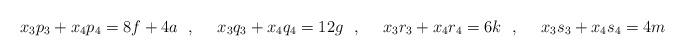
LaTeX: \begin{align*}x_3 p_3 + x_4 p_4 = 8f + 4a ~~,~~~~x_3 q_3 + x_4 q_4 = 12 g~~,~~~~x_3 r_3 + x_4 r_4 = 6 k~~,~~~~x_3 s_3 + x_4 s_4 = 4 m\end{align*}